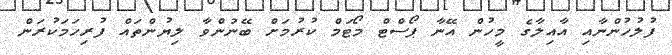
ފުލުހުންނާއި އާއިލާގެ މީހުން އޭނާ ޕޯސްޓް މޯޓަމް ކުރުމަށް ބޭނުންވާ ލިޔުންތައް ފުރިހަމަކުރަން